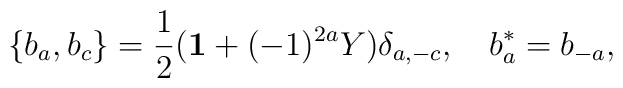
\{ b_a,b_c \} = \frac{1}{2} ({\bf 1}+(-1)^{2a}Y) \delta_{a,-c},\quad b_a^*=b_{-a},